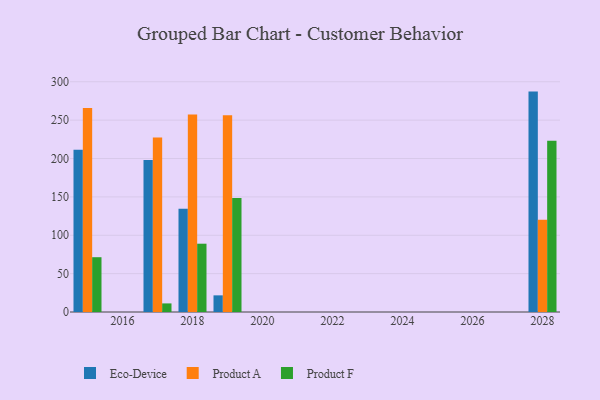
{"axis": {"x": "Year", "y": "Budget (USD K)"}, "legend": ["Eco-Device", "Product A", "Product F"], "data": [{"x": "2018", "y": 134.7, "type": "Eco-Device"}, {"x": "2018", "y": 257.4, "type": "Product A"}, {"x": "2018", "y": 89.0, "type": "Product F"}, {"x": "2019", "y": 21.7, "type": "Eco-Device"}, {"x": "2019", "y": 256.4, "type": "Product A"}, {"x": "2019", "y": 148.5, "type": "Product F"}, {"x": "2028", "y": 287.2, "type": "Eco-Device"}, {"x": "2028", "y": 120.2, "type": "Product A"}, {"x": "2028", "y": 223.2, "type": "Product F"}, {"x": "2015", "y": 211.4, "type": "Eco-Device"}, {"x": "2015", "y": 265.8, "type": "Product A"}, {"x": "2015", "y": 71.4, "type": "Product F"}, {"x": "2017", "y": 198.2, "type": "Eco-Device"}, {"x": "2017", "y": 227.3, "type": "Product A"}, {"x": "2017", "y": 11.2, "type": "Product F"}]}